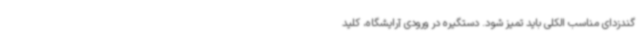
گندزدای مناسب الکلی باید تمیز شود. دستگیره در ورودی آرایشگاه، کلید